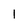
Character: 1